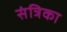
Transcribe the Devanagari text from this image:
संत्रिका